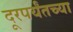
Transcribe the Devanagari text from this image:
दूरपर्यंतच्या